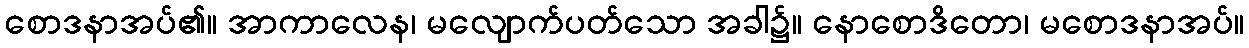
စောဒနာအပ်၏။ အာကာလေန၊ မလျောက်ပတ်သော အခါ၌။ နောစောဒိတော၊ မစောဒနာအပ်။